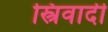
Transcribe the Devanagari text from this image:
स्त्रिवादी